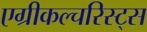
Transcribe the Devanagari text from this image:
एग्रीकल्चरिस्ट्स